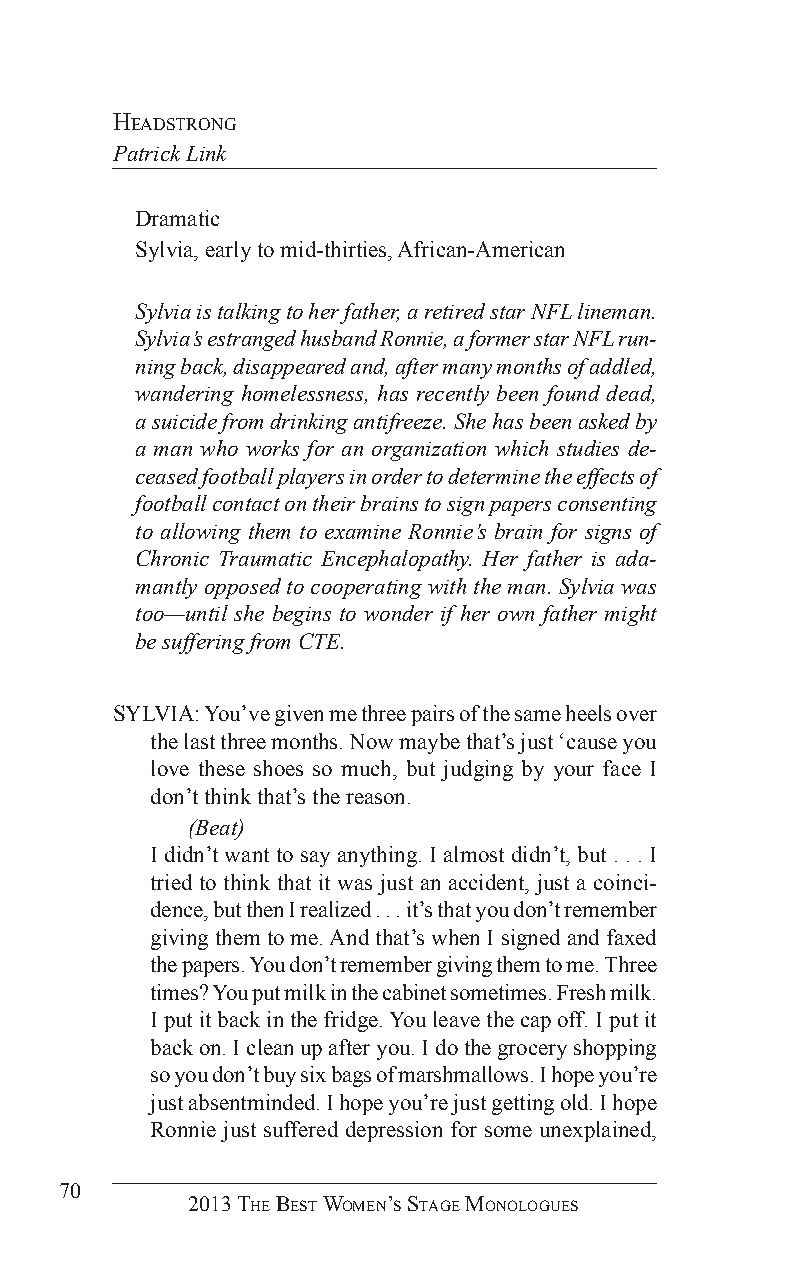
headsTrong
 Patrick Link
 Dramatic
 Sylvia, early to mid-thirties, African-American
 Sylvia is talking to her father, a retired star NFL lineman.
 Sylvia’s estranged husband Ronnie, a former star NFL run-
 ning back, disappeared and, after many months of addled,
 wandering homelessness, has recently been found dead,
 a suicide from drinking antifreeze. She has been asked by
 a man who works for an organization which studies de-
 ceased football players in order to determine the effects of
 football contact on their brains to sign papers consenting
 to allowing them to examine Ronnie’s brain for signs of
 Chronic Traumatic Encephalopathy. Her father is ada-
 mantly opposed to cooperating with the man. Sylvia was
 too—until she begins to wonder if her own father might
 be suffering from CTE.
 SYLVIA: You’ve given me three pairs of the same heels over
 the last three months. Now maybe that’s just ‘cause you
 love these shoes so much, but judging by your face I
 don’t think that’s the reason.
 (Beat)
 I didn’t want to say anything. I almost didn’t, but . . . I
 tried to think that it was just an accident, just a coinci-
 dence, but then I realized . . . it’s that you don’t remember
 giving them to me. And that’s when I signed and faxed
 the papers. You don’t remember giving them to me. Three
 times? You put milk in the cabinet sometimes. Fresh milk.
 I put it back in the fridge. You leave the cap off. I put it
 back on. I clean up after you. I do the grocery shopping
 so you don’t buy six bags of marshmallows. I hope you’re
 just absentminded. I hope you’re just getting old. I hope
 Ronnie just suffered depression for some unexplained,
 70
 2013 The BesT Women’s sTage monologues